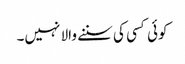
کوئی کسی کی سننے والا نہیں۔